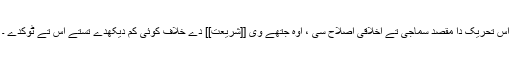
اس تحریک دا مقصد سماجی تے اخلاقی اصلاح سی ، اوہ جتھے وی [[شریعت]] دے خلاف کوئی کم دیکھدے تستے اس تے ٹوکدے ۔